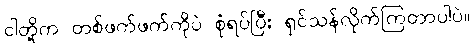
ငါတို့က တစ်ဖက်ဖက်ကိုပဲ စုံရပ်ပြီး ရှင်သန်လိုက်ကြတာပါပဲ။